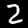
Digit: 2